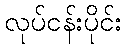
လုပ်ငန်းပိုင်း